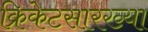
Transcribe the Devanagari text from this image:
क्रिकेटसारख्या